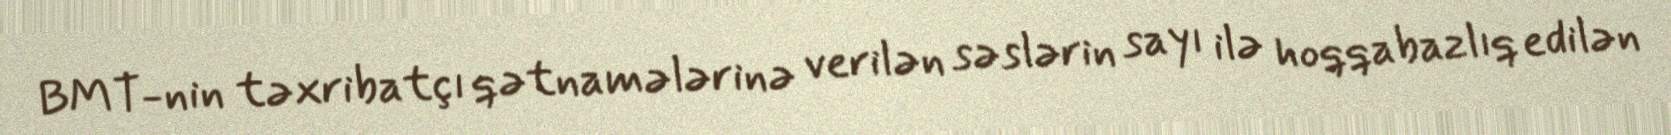
BMT-nin təxribatçı qətnamələrinə verilən səslərin sayı ilə hoqqabazlıq edilən